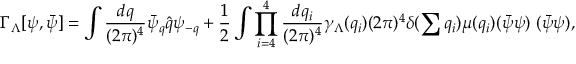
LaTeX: \Gamma _ { \Lambda } [ \psi , \bar { \psi } ] = \int \frac { d q } { ( 2 \pi ) ^ { 4 } } \bar { \psi } _ { q } \hat { q } \psi _ { - q } + \frac { 1 } { 2 } \int \prod _ { i = 4 } ^ { 4 } \frac { d q _ { i } } { ( 2 \pi ) ^ { 4 } } \gamma _ { \Lambda } ( q _ { i } ) ( 2 \pi ) ^ { 4 } \delta ( \sum q _ { i } ) \mu ( q _ { i } ) ( \bar { \psi } \psi ) \; ( \bar { \psi } \psi ) ,